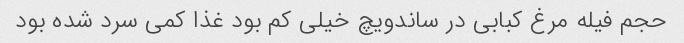
حجم فیله مرغ کبابی در ساندویچ خیلی کم بود غذا کمی سرد شده بود